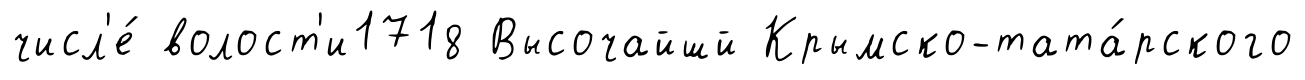
числ'е́ волост'и1718 Высочайшй Крымско-тата́рского